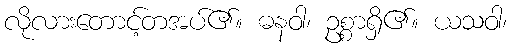
လိုလားတောင့်တအပ်၏။ ဓနဝါ၊ ဥစ္စာရှိ၏။ ယသဝါ၊